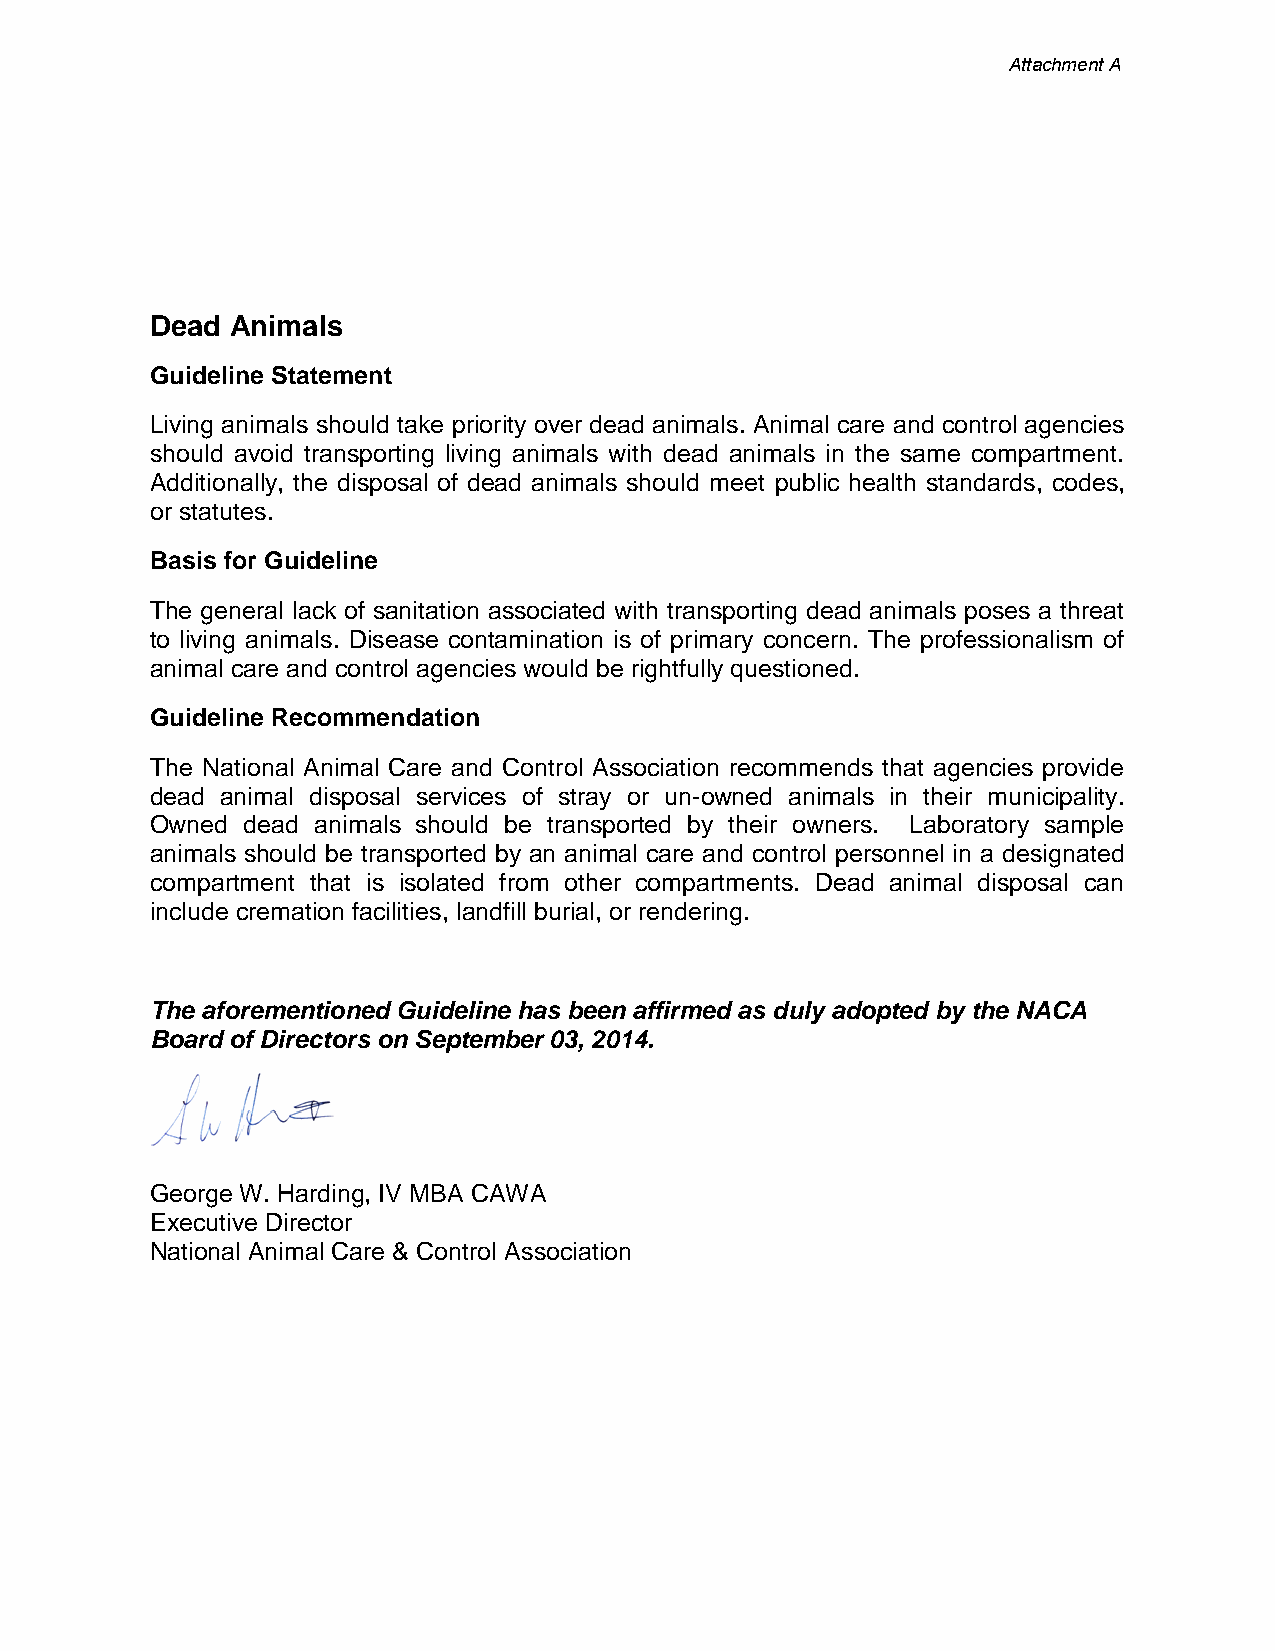
Attachment A
 Dead Animals
 Guideline Statement
 Living animals should take priority over dead animals. Animal care and control agencies
 should avoid transporting living animals with dead animals in the same compartment.
 Additionally, the disposal of dead animals should meet public health standards, codes,
 or statutes.
 Basis for Guideline
 The general lack of sanitation associated with transporting dead animals poses a threat
 to living animals. Disease contamination is of primary concern. The professionalism of
 animal care and control agencies would be rightfully questioned.
 Guideline Recommendation
 The National Animal Care and Control Association recommends that agencies provide
 dead animal disposal services of stray or un-owned animals in their municipality.
 Owned dead animals should be transported by their owners. Laboratory sample
 animals should be transported by an animal care and control personnel in a designated
 compartment that is isolated from other compartments. Dead animal disposal can
 include cremation facilities, landfill burial, or rendering.
 The aforementioned Guideline has been affirmed as duly adopted by the NACA
 Board of Directors on September 03, 2014.
 George W. Harding, IV MBA CAWA
 Executive Director
 National Animal Care & Control Association